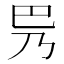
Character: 𫶵